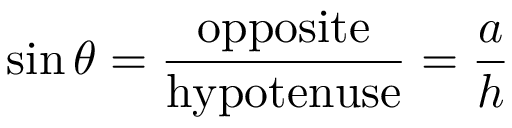
\sin \theta = { \frac { \mathrm { o p p o s i t e } } { \mathrm { h y p o t e n u s e } } } = { \frac { a } { h } }